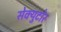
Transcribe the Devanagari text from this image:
सेक्युटोर